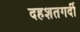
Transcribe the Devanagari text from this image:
दहशतगर्दी